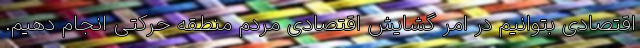
اقتصادی بتوانیم در امر گشایش اقتصادی مردم منطقه حرکتی انجام دهیم.